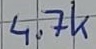
Text: 4.7k